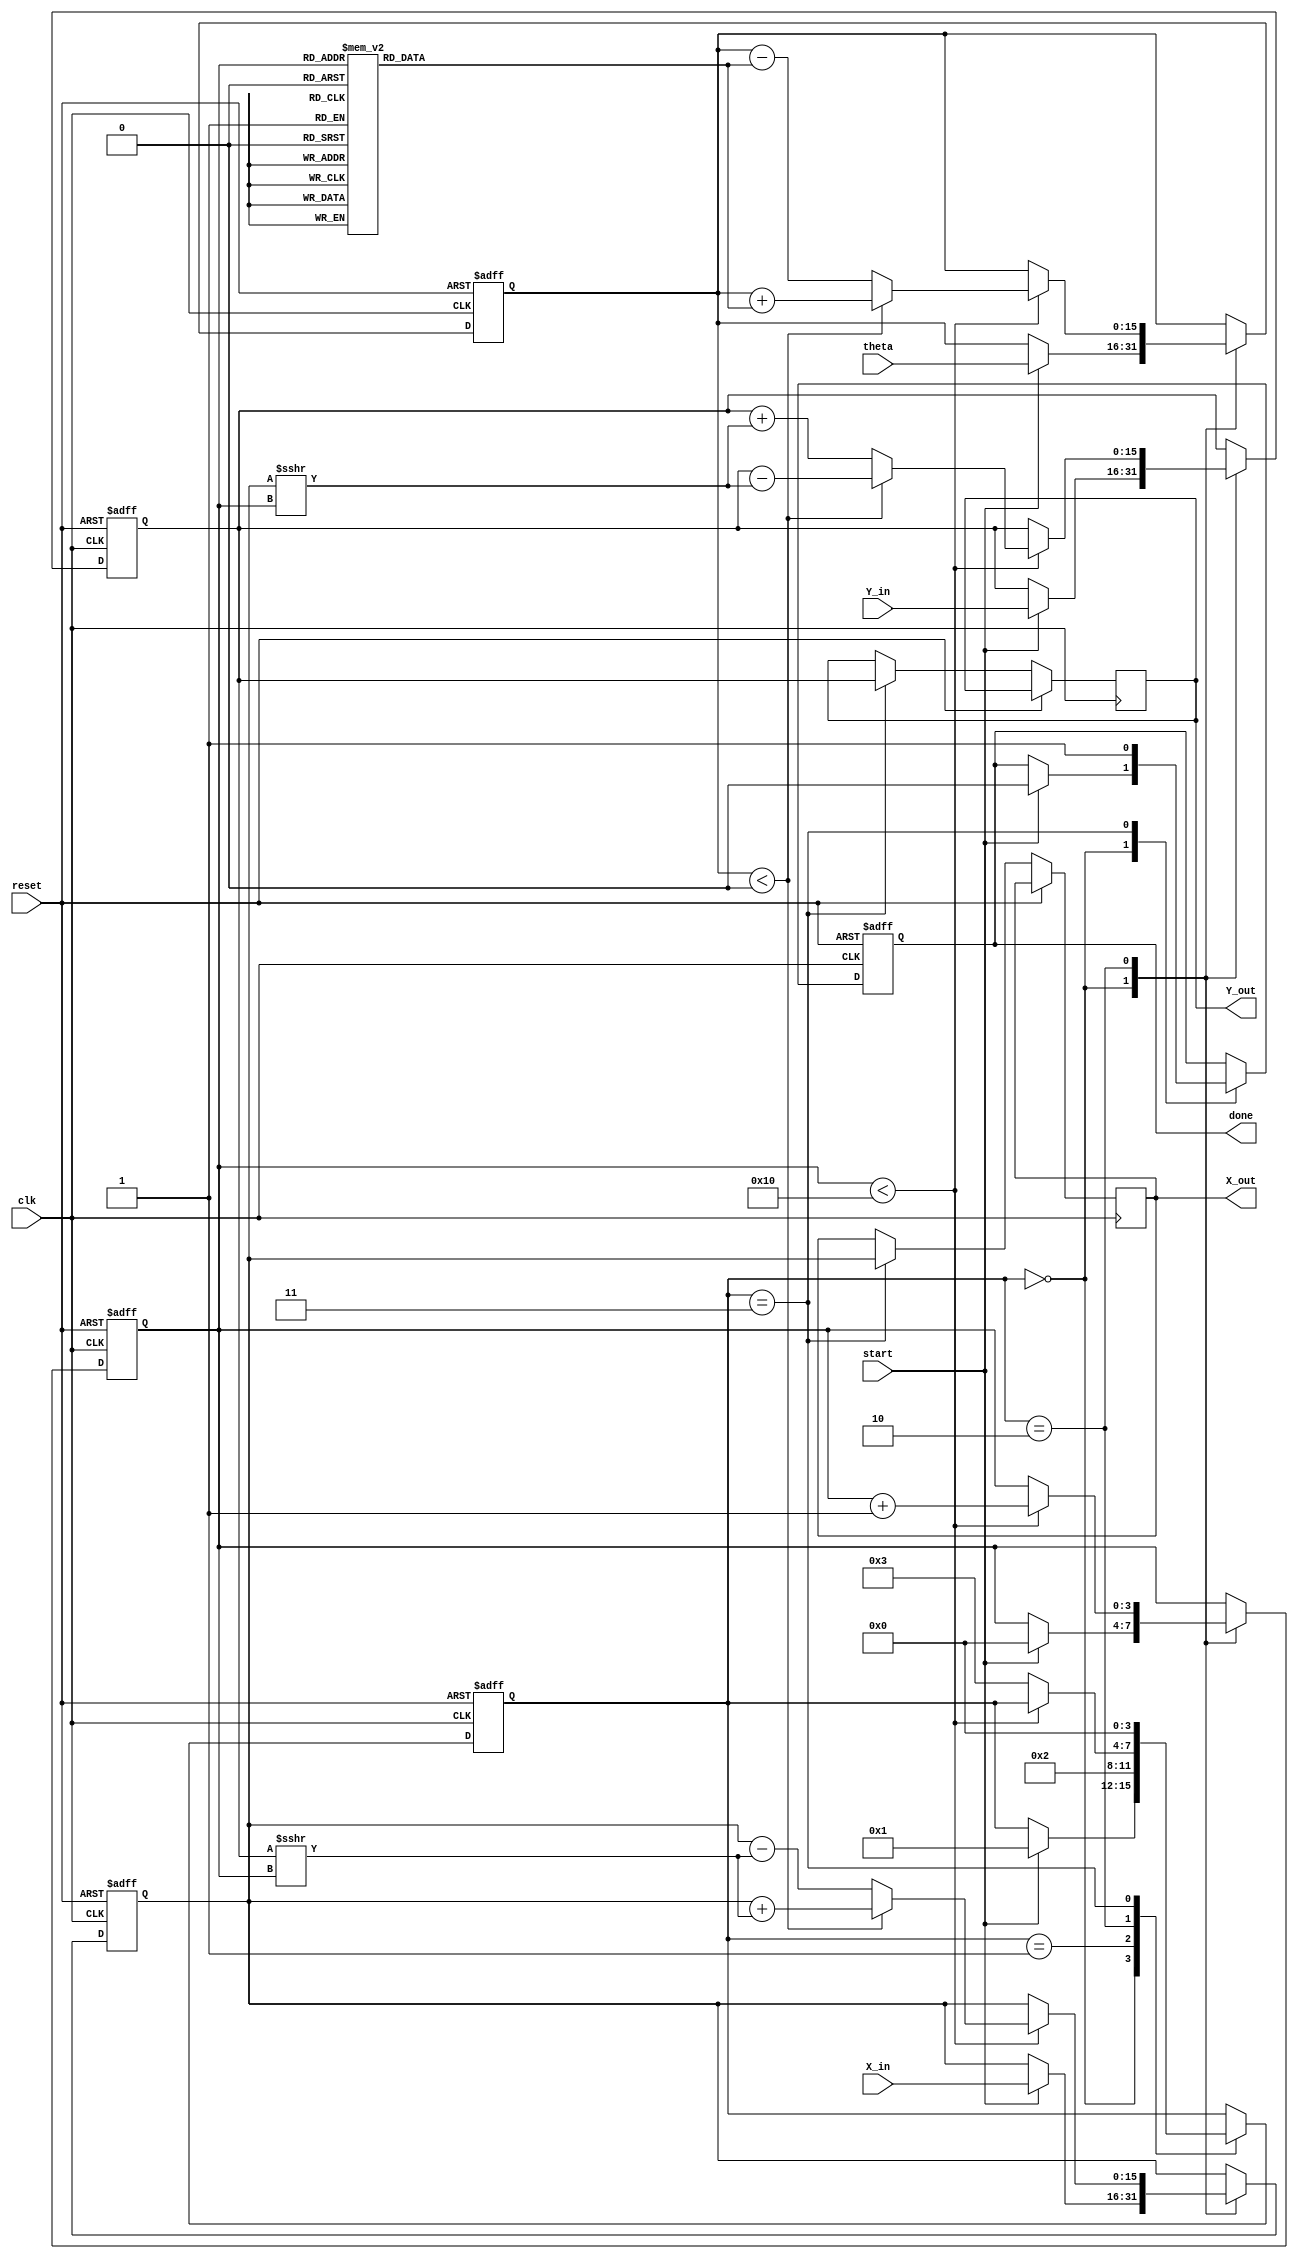
module cordic_angle_based (
    input wire clk,
    input wire reset,
    input wire start,
    input wire signed [15:0] theta, // Input angle in fixed-point representation
    input wire signed [15:0] X_in,   // Initial X-coordinate
    input wire signed [15:0] Y_in,   // Initial Y-coordinate
    output reg signed [15:0] X_out,   // Final X-coordinate
    output reg signed [15:0] Y_out,   // Final Y-coordinate
    output reg done                   // Signal indicating completion
);

    // Internal registers
    reg signed [15:0] X_reg;
    reg signed [15:0] Y_reg;
    reg signed [15:0] Z_reg; // Remaining angle
    reg [3:0] iteration_count; // Counter for iterations
    reg [3:0] state; // State variable

    // Angle lookup table for CORDIC (arctan(1/2^i) for i = 0 to 15)
    reg signed [15:0] angle_lut [0:15];
    initial begin
        angle_lut[0] = 16'h0000; // atan(1) = 0
        angle_lut[1] = 16'h3C90; // atan(1/2) = 26.565 degrees
        angle_lut[2] = 16'h3A3D; // atan(1/4) = 14.036 degrees
        angle_lut[3] = 16'h38E4; // atan(1/8) = 7.125 degrees
        angle_lut[4] = 16'h387E; // atan(1/16) = 3.576 degrees
        // Add more angles as needed
        // ...
        angle_lut[15] = 16'h0000; // Last entry (not used)
    end

    // State definitions
    localparam IDLE = 0, INIT = 1, ITERATE = 2, DONE = 3;

    // Sequential logic
    always @(posedge clk or posedge reset) begin
        if (reset) begin
            X_reg <= 0;
            Y_reg <= 0;
            Z_reg <= 0;
            iteration_count <= 0;
            state <= IDLE;
            done <= 0;
        end else begin
            case (state)
                IDLE: begin
                    if (start) begin
                        X_reg <= X_in;
                        Y_reg <= Y_in;
                        Z_reg <= theta;
                        iteration_count <= 0;
                        state <= INIT;
                        done <= 0;
                    end
                end
                INIT: begin
                    // Initialize state for iteration
                    state <= ITERATE;
                end
                ITERATE: begin
                    if (iteration_count < 16) begin // Limit to 16 iterations
                        if (Z_reg < 0) begin
                            // Clockwise rotation
                            X_reg <= X_reg + (Y_reg >>> iteration_count);
                            Y_reg <= Y_reg - (X_reg >>> iteration_count);
                            Z_reg <= Z_reg + angle_lut[iteration_count];
                        end else begin
                            // Counterclockwise rotation
                            X_reg <= X_reg - (Y_reg >>> iteration_count);
                            Y_reg <= Y_reg + (X_reg >>> iteration_count);
                            Z_reg <= Z_reg - angle_lut[iteration_count];
                        end
                        iteration_count <= iteration_count + 1;
                    end else begin
                        state <= DONE;
                    end
                end
                DONE: begin
                    X_out <= X_reg;
                    Y_out <= Y_reg;
                    done <= 1;
                    state <= IDLE; // Go back to IDLE state
                end
            endcase
        end
    end

endmodule